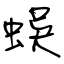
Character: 蜈